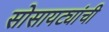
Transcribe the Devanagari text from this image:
सोसायट्यांची